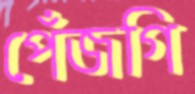
পেঁজগি